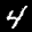
Label: 4